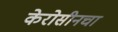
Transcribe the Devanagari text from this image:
केरोसीनचा